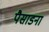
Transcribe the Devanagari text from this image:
पैसाडना